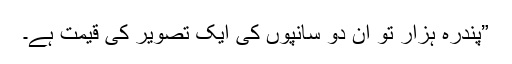
”پندرہ ہزار تو ان دو سانپوں کی ایک تصویر کی قیمت ہے۔